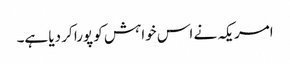
امریکہ نے اس خواہش کو پورا کر دیا ہے۔